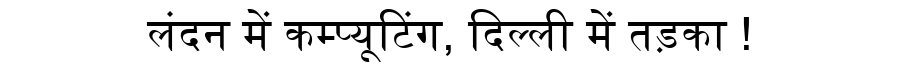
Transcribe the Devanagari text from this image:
लंदन में कम्प्यूटिंग, दिल्ली में तड़का !